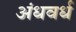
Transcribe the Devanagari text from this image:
अंधवर्ध